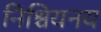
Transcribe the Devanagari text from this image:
निश्चियनय